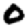
Digit: 0